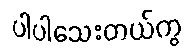
ပါပါသေးတယ်ကွ